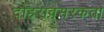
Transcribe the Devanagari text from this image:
दोहरावसरकता